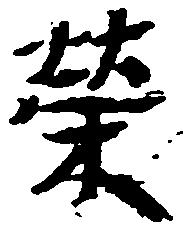
栄